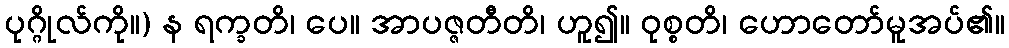
ပုဂ္ဂိုလ်ကို။) န ရက္ခတိ၊ ပေ။ အာပဇ္ဇတီတိ၊ ဟူ၍။ ဝုစ္စတိ၊ ဟောတော်မူအပ်၏။